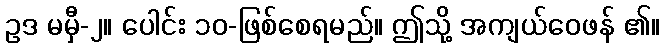
ဥဒ မမှီ-၂။ ပေါင်း ၁၀-ဖြစ်စေရမည်။ ဤသို့ အကျယ်ဝေဖန် ၏။